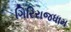
ગિરિરાજધામ